Annual report of the Punjab Veterinary College and of the Civil Veterinary Department, Punjab - 1926-1932
Year: 1926
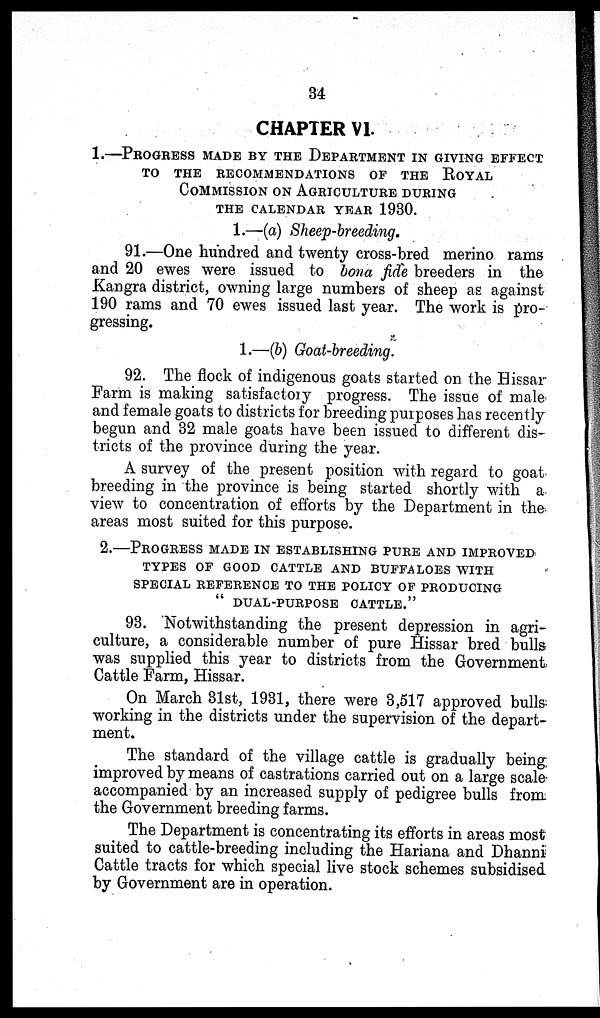
34
CHAPTER VI.
1.—PROGRESS MADE BY THE DEPARTMENT IN GIVING EFFECT
TO THE RECOMMENDATIONS OF THE ROYAL
COMMISSION ON AGRICULTURE DURING
THE CALENDAR YEAR 1930.
1.—(a) Sheep-breeding.
91.—One hundred and twenty cross-bred merino rams
and 20 ewes were issued to bona fide breeders in the
Kangra district, owning large numbers of sheep as against
190 rams and 70 ewes issued last year. The work is pro-
gressing.
1.—(b) Goat-breeding.
92. The flock of indigenous goats started on the Hissar
Farm is making satisfactory progress. The issue of male
and female goats to districts for breeding purposes has recently
begun and 32 male goats have been issued to different dis-
tricts of the province during the year.
A survey of the present position with regard to goat
breeding in the province is being started shortly with a
view to concentration of efforts by the Department in the
areas most suited for this purpose.
2.—PROGRESS MADE IN ESTABLISHING PURE AND IMPROVED
TYPES OF GOOD CATTLE AND BUFFALOES WITH
SPECIAL REFERENCE TO THE POLICY OF PRODUCING
"DUAL-PURPOSE CATTLE."
93. Notwithstanding the present depression in agri-
culture, a considerable number of pure Hissar bred bulls
was supplied this year to districts from the Government
Cattle Farm, Hissar.
On March 31st, 1931, there were 3,517 approved bulls
working in the districts under the supervision of the depart-
ment.
The standard of the village cattle is gradually being;
improved by means of castrations carried out on a large scale-
accompanied by an increased supply of pedigree bulls from
the Government breeding farms.
The Department is concentrating its efforts in areas most
suited to cattle-breeding including the Hariana and Dhanni
Cattle tracts for which special live stock schemes subsidised
by Government are in operation.